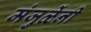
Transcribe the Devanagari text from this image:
मंजुळेंनी